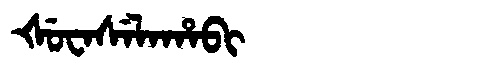
Manchu: ᡧᡠᠸᠠᠰᡝᠯᠠᡥᠠᠪᡳ
Romanization: ŠUWASELAHABI